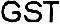
GST